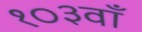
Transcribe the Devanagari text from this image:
१०३वाँ